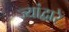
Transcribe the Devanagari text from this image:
ज्यांद्वारे